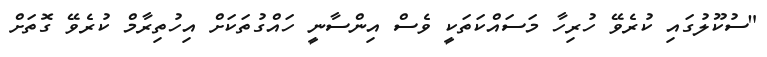
"ސުކޫލުގައި ކުރެވޭ ހުރިހާ މަސައްކަތަކީ ވެސް އިންސާނީ ހައްގުތަކަށް އިހުތިރާމް ކުރެވޭ ގޮތަށް